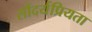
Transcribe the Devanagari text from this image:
सौंदर्यप्रियता